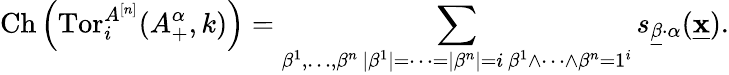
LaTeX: \operatorname{Ch}\left(\operatorname{Tor}_{i}^{A^{[n]}}(A_{+}^{\alpha},k)\right)=\sum_{\substack{\beta^{1},\dots,\beta^{n}\, |\beta^{1}|=\cdots=|\beta^{n}|=i\, \beta^{1}\wedge\cdots\wedge\beta^{n}=1^{i}}}s_{\underline{{\beta}}\cdot\alpha}(\underline{{\mathbf{x}}}).